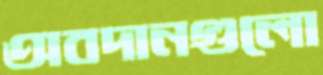
অবদানগুলো